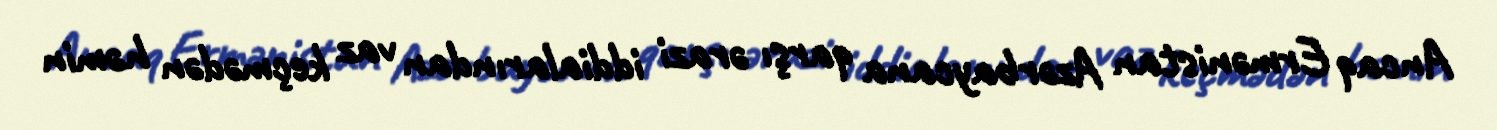
Ancaq Ermənistan Azərbaycana qarşı ərazi iddialarından vaz keçmədən həmin